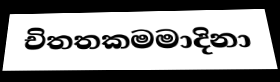
චිතතකමමාදිනා